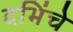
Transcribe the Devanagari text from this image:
दभिंचे